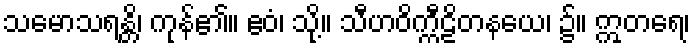
သမောသရန္တိ၊ ကုန်၏။ ဧဝံ၊ သို့။ သီဟဝိက္ကီဠိတနယေ၊ ၌။ ဣတရေ၊